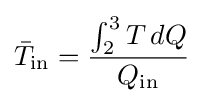
{\bar {T}}_{\text{in}}={\frac {\int _{2}^{3}T\,dQ}{Q_{\text{in}}}}